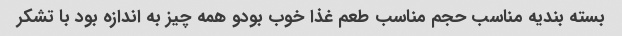
بسته بندیه مناسب حجم مناسب طعم غذا خوب بودو همه چیز به اندازه بود با تشکر